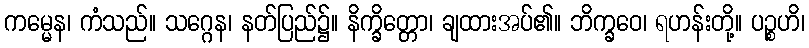
ကမ္မေန၊ ကံသည်။ သဂ္ဂေန၊ နတ်ပြည်၌။ နိက္ခိတ္တော၊ ချထားအပ်၏။ ဘိက္ခဝေ၊ ရဟန်းတို့။ ပဉ္စဟိ၊